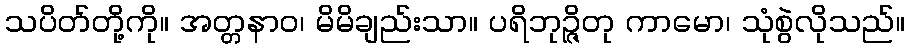
သပိတ်တို့ကို။ အတ္တနာဝ၊ မိမိချည်းသာ။ ပရိဘုဉ္ဇိတု ကာမော၊ သုံစွဲလိုသည်။